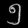
Digit: ၅